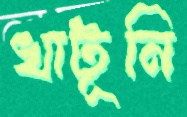
খাটূনি